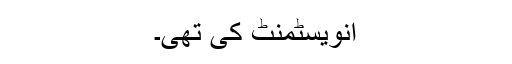
انویسٹمنٹ کی تھی۔